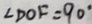
\angle D O F = 9 0 ^ { \circ }